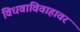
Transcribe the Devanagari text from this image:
विधवाविवाहावर